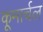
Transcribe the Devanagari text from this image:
कूमार्चल